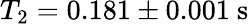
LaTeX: T_{2}=0.181\pm 0.001\mathrm{\ s}